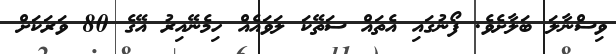
ވިސްނާލަ ބަލާށެވެ. ފޯނުގައި އެތައް ސަތޭކަ ލަވައެއް ހިމެނޭއިރު އޭގެ 80 ވަރަކަށް